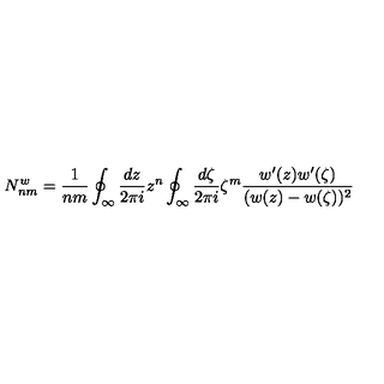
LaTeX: N _ { n m } ^ { w } = \frac 1 { n m } \oint _ { \infty } \frac { d z } { 2 \pi i } z ^ { n } \oint _ { \infty } \frac { d \zeta } { 2 \pi i } \zeta ^ { m } \frac { w ^ { \prime } ( z ) w ^ { \prime } ( \zeta ) } { ( w ( z ) - w ( \zeta ) ) ^ { 2 } }